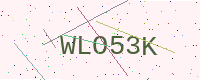
Text: WLO53K